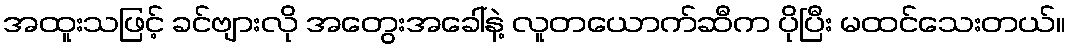
အထူးသဖြင့် ခင်ဗျားလို အတွေးအခေါ်နဲ့ လူတယောက်ဆီက ပိုပြီး မထင်သေးတယ်။